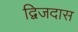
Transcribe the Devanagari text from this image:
द्विजदास